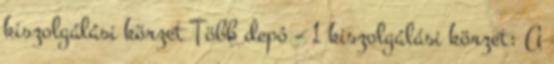
kiszolgálási körzet Több depó – 1 kiszolgálási körzet: A